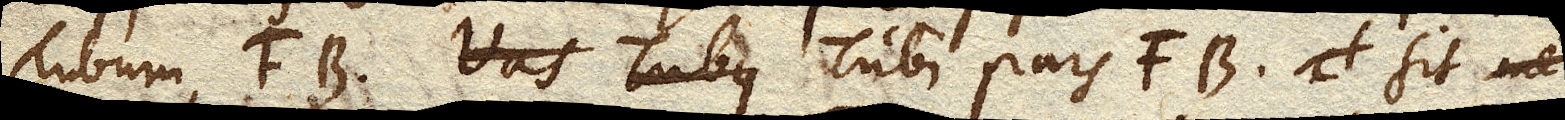
Tubum FB. Vas Tubus Tubi pars FB sit